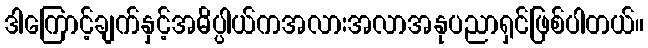
ဒါကြောင့်ချက်နှင့်အဓိပ္ပါယ်ကအလားအလာအနုပညာရှင်ဖြစ်ပါတယ်။